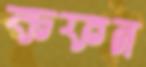
কফন